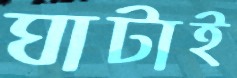
ঘাটাই